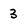
Character: 3